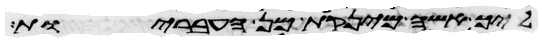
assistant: ליך אשה מינקות מן העבריות